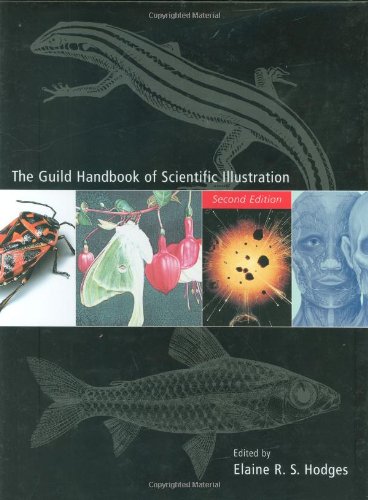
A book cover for The Guild Handbook of Scientific Illustration; Science & Math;